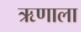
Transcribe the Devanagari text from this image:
ऋणाला